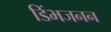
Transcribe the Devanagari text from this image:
डिंभजनन